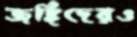
জঙ্গিদেরও